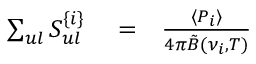
\begin{array} { r l r } { \sum _ { u l } S _ { u l } ^ { \{ i \} } } & { { } = } & { { \frac { \langle P _ { i } \rangle } { 4 \pi \tilde { B } ( \nu _ { i } , T ) } } } \end{array}